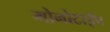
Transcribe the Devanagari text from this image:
मोनोटाईप